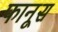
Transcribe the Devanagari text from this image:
फानूस